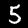
Label: 5